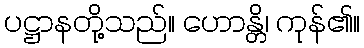
ပဋ္ဌာနတို့သည်။ ဟောန္တိ၊ ကုန်၏။